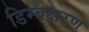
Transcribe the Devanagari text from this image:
डिम्बक्षरण